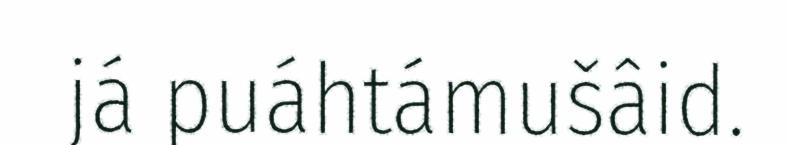
já puáhtámušâid.